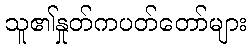
သူ၏နှုတ်ကပတ်တော်များ